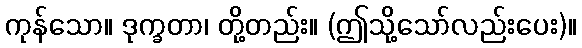
ကုန်သော။ ဒုက္ခတာ၊ တို့တည်း။ (ဤသို့သော်လည်းပေး)။